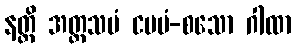
နတ္တိ အတ္တသမံ ငပမံ-စသော ဂါထာ